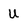
Character: U